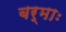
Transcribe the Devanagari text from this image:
बर्माः